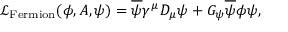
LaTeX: { \mathcal { L } } _ { \mathrm { F e r m i o n } } ( \phi , A , \psi ) = { \overline { { \psi } } } \gamma ^ { \mu } D _ { \mu } \psi + G _ { \psi } { \overline { { \psi } } } \phi \psi ,